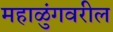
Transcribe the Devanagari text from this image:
महाळुंगवरील